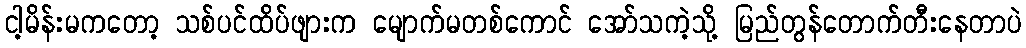
ငါ့မိန်းမကတော့ သစ်ပင်ထိပ်ဖျားက မျောက်မတစ်ကောင် အော်သကဲ့သို့ မြည်တွန်တောက်တီးနေတာပဲ